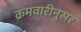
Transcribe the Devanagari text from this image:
क्रमवारीनुसर